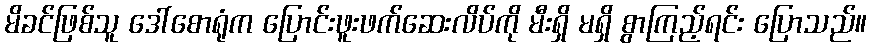
မိခင်ဖြစ်သူ ဒေါ်စောရုံက ပြောင်းဖူးဖက်ဆေးလိပ်ကို မီးရှိ မရှိ စွာကြည့်ရင်း ပြောသည်။